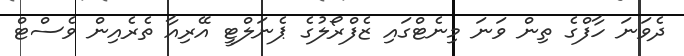
ދެވަނަ ހާފްގެ ތިން ވަނަ މިނެޓްގައި ޒެފްރޯލުގެ ޕެނަލްޓީ އޭރިއާ ތެރެއިން ވެސްޓް